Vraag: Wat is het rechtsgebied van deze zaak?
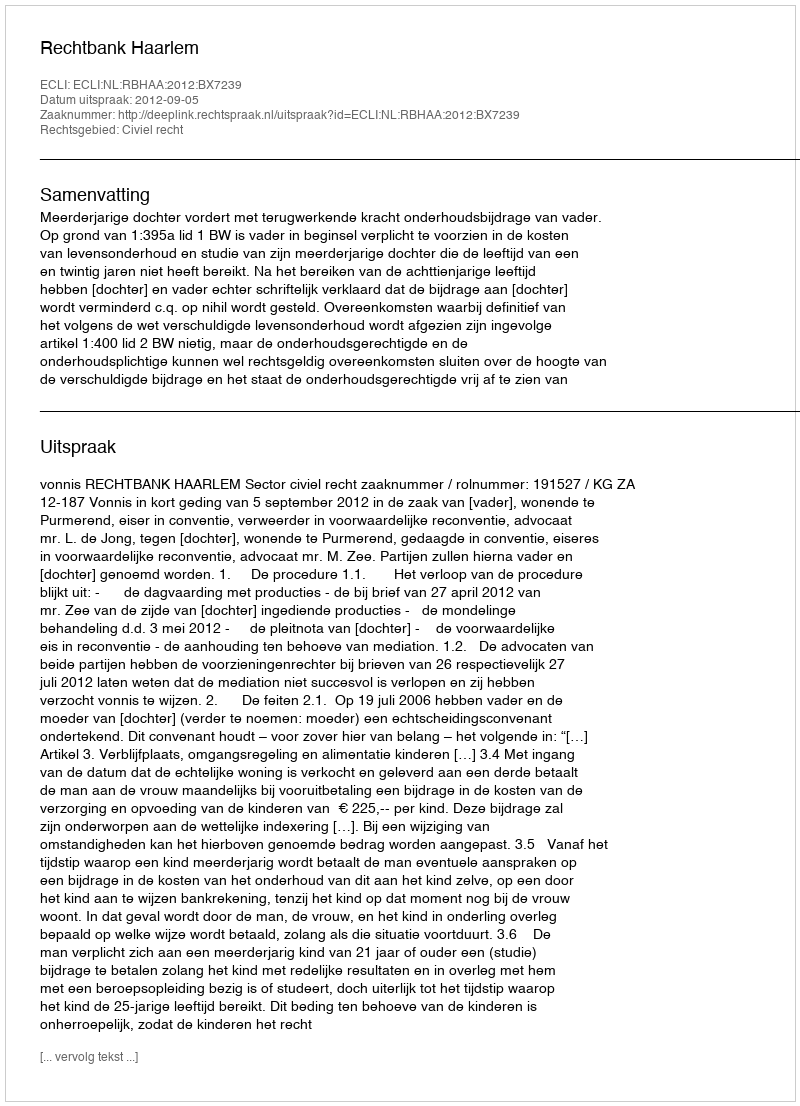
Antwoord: Civiel recht